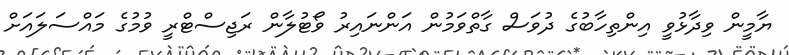
ޔާމީން ވިދާޅުވީ އިންތިހާބުގެ ދުވަސް ގާތްވަމުން އަންނައިރު ވޯޓުލާން ރަޖިސްޓްރީ ވުމުގެ މައްސަލައަށް